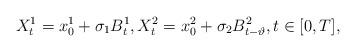
LaTeX: \begin{align*}X^1_t=x^1_0+\sigma_1B^1_t,X^2_t=x^2_0+\sigma_2B^2_{t-\vartheta},t\in[0,T],\end{align*}